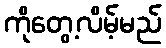
ကိုတွေ့လိမ့်မည်